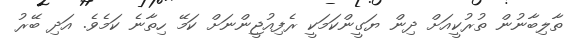
ތާލިބާނުން ތުރުކީއަށް ދިން ޔަގީންކަމަކީ ރެފިއުޖީންނަށް ކަމޭ ހިތާނެ ކަމެވެ. އަދި ބޭރު